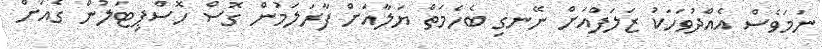
ނަމަވެސް އެއްދުވަހަކު ޒަލަފްއަށް ނޭނގި ބެހެމަތް ޔަލާއަށް ފާރަލަމުން ގޮސް ހޮސްޕިޓަލުން ގެއަށް